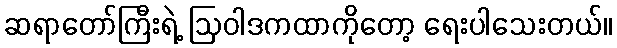
ဆရာတော်ကြီးရဲ့ ဩဝါဒကထာကိုတော့ ရေးပါသေးတယ်။